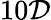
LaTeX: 10\mathcal{D}